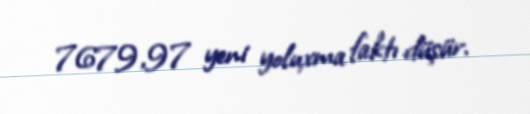
7679,97 yeni yoluxma faktı düşür.